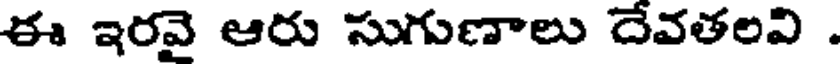
ఈ ఇరవై ఆరు సుగుణాలు దేవతలవి .